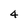
Character: 4